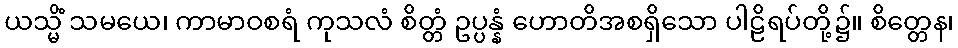
ယသ္မိံ သမယေ၊ ကာမာဝစရံ ကုသလံ စိတ္တံ ဥပ္ပန္နံ ဟောတိအစရှိသော ပါဠိရပ်တို့၌။ စိတ္တေန၊